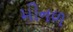
મીનળ